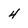
Character: 4